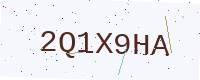
Text: 2Q1X9HA